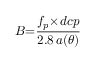
B { = } \frac { f _ { p } { \times } d c p } { 2 . 8 \, a ( { \theta } ) }